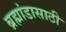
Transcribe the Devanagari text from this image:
ब्रह्मांडासाठी